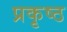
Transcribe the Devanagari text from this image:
प्रकृष्ठ